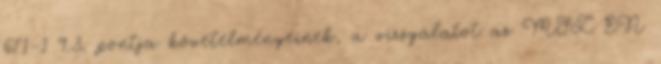
671-1 9.3. pontja követelményeinek, a vizsgálatot az MSZ EN